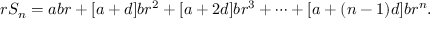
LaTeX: r S _ { n } = a b r + [ a + d ] b r ^ { 2 } + [ a + 2 d ] b r ^ { 3 } + \cdots + [ a + ( n - 1 ) d ] b r ^ { n } .